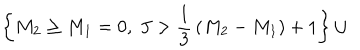
\left\{ M _ { 2 } \ge M _ { 1 } = 0 , ~ J > { \frac { 1 } { 3 } } \left( M _ { 2 } - M _ { 1 } \right) + 1 \right\} \cup